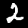
Digit: 2